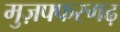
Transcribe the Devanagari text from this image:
मुज़फ्फरगढ़